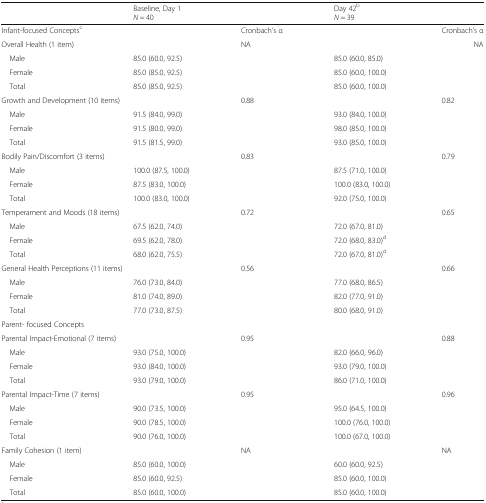
<table><thead><tr><td></td><td colspan="2"><b>Baseline, Day 1<i>N</i> = 40</b></td><td colspan="2"><b>Day 42<sup>b</sup><i>N</i> = 39</b></td></tr></thead><tbody><tr><td>Infant-focused Concepts<sup>c</sup></td><td></td><td>Cronbach’s α</td><td></td><td>Cronbach’s α</td></tr><tr><td>Overall Health (1 item)</td><td></td><td>NA</td><td></td><td>NA</td></tr><tr><td> Male</td><td>85.0 (60.0, 92.5)</td><td></td><td>85.0 (60.0, 85.0)</td><td></td></tr><tr><td> Female</td><td>85.0 (85.0, 92.5)</td><td></td><td>85.0 (60.0, 100.0)</td><td></td></tr><tr><td> Total</td><td>85.0 (85.0, 92.5)</td><td></td><td>85.0 (60.0, 100.0)</td><td></td></tr><tr><td colspan="2">Growth and Development (10 items)</td><td colspan="2">0.88</td><td>0.82</td></tr><tr><td> Male</td><td>91.5 (84.0, 99.0)</td><td></td><td>93.0 (84.0, 100.0)</td><td></td></tr><tr><td> Female</td><td>91.5 (80.0, 99.0)</td><td></td><td>98.0 (85.0, 100.0)</td><td></td></tr><tr><td> Total</td><td>91.5 (81.5, 99.0)</td><td></td><td>93.0 (85.0, 100.0)</td><td></td></tr><tr><td colspan="2">Bodily Pain/Discomfort (3 items)</td><td colspan="2">0.83</td><td>0.79</td></tr><tr><td> Male</td><td>100.0 (87.5, 100.0)</td><td></td><td>87.5 (71.0, 100.0)</td><td></td></tr><tr><td> Female</td><td>87.5 (83.0, 100.0)</td><td></td><td>100.0 (83.0, 100.0)</td><td></td></tr><tr><td> Total</td><td>100.0 (83.0, 100.0)</td><td></td><td>92.0 (75.0, 100.0)</td><td></td></tr><tr><td colspan="2">Temperament and Moods (18 items)</td><td colspan="2">0.72</td><td>0.65</td></tr><tr><td> Male</td><td>67.5 (62.0, 74.0)</td><td></td><td>72.0 (67.0, 81.0)</td><td></td></tr><tr><td> Female</td><td>69.5 (62.0, 78.0)</td><td></td><td>72.0 (68.0, 83.0)<sup>d</sup></td><td></td></tr><tr><td> Total</td><td>68.0 (62.0, 75.5)</td><td></td><td>72.0 (67.0, 81.0)<sup>d</sup></td><td></td></tr><tr><td colspan="2">General Health Perceptions (11 items)</td><td colspan="2">0.56</td><td>0.66</td></tr><tr><td> Male</td><td>76.0 (73.0, 84.0)</td><td></td><td>77.0 (68.0, 86.5)</td><td></td></tr><tr><td> Female</td><td>81.0 (74.0, 89.0)</td><td></td><td>82.0 (77.0, 91.0)</td><td></td></tr><tr><td> Total</td><td>77.0 (73.0, 87.5)</td><td></td><td>80.0 (68.0, 91.0)</td><td></td></tr><tr><td colspan="5">Parent- focused Concepts</td></tr><tr><td colspan="2">Parental Impact-Emotional (7 items)</td><td colspan="2">0.95</td><td>0.88</td></tr><tr><td> Male</td><td>93.0 (75.0, 100.0)</td><td></td><td>82.0 (66.0, 96.0)</td><td></td></tr><tr><td> Female</td><td>93.0 (84.0, 100.0)</td><td></td><td>93.0 (79.0, 100.0)</td><td></td></tr><tr><td> Total</td><td>93.0 (79.0, 100.0)</td><td></td><td>86.0 (71.0, 100.0)</td><td></td></tr><tr><td colspan="2">Parental Impact-Time (7 items)</td><td colspan="2">0.95</td><td>0.96</td></tr><tr><td> Male</td><td>90.0 (73.5, 100.0)</td><td></td><td>95.0 (64.5, 100.0)</td><td></td></tr><tr><td> Female</td><td>90.0 (78.5, 100.0)</td><td></td><td>100.0 (76.0, 100.0)</td><td></td></tr><tr><td> Total</td><td>90.0 (76.0, 100.0)</td><td></td><td>100.0 (67.0, 100.0)</td><td></td></tr><tr><td colspan="2">Family Cohesion (1 item)</td><td colspan="2">NA</td><td>NA</td></tr><tr><td> Male</td><td>85.0 (60.0, 100.0)</td><td></td><td>60.0 (60.0, 92.5)</td><td></td></tr><tr><td> Female</td><td>85.0 (60.0, 92.5)</td><td></td><td>85.0 (60.0, 100.0)</td><td></td></tr><tr><td> Total</td><td>85.0 (60.0, 100.0)</td><td></td><td>85.0 (60.0, 100.0)</td><td></td></tr></tbody></table>